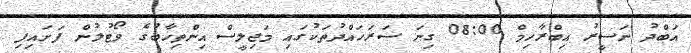
އަބްދު ނަސީރު އިބްރާހިމް 08:00 ގިނަ ސަރަހައްދުތަކުގައި މަޖިލީސް އިންތިޚާބުގެ ވޯޓުލުން ފަށައިފި